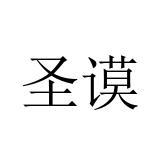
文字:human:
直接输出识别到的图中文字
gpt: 圣谟